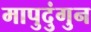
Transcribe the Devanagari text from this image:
मापुदुंगुन